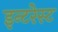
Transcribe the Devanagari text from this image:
इन्टरेस्ट